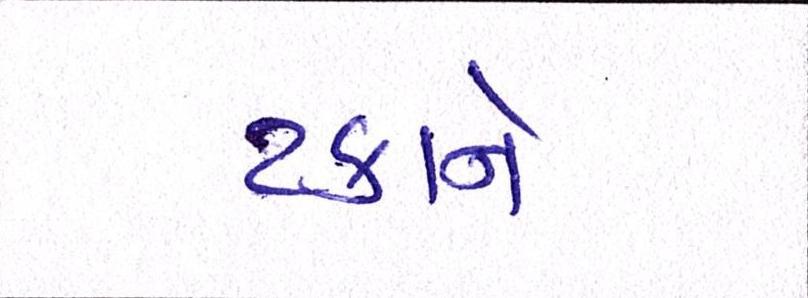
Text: ટકાને